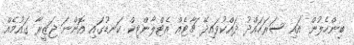
ބިންހެލުން އައި ސަރަހައްދު ދައްކުވައިދޭ ޗާޓެއް އެޓްލާންޓިކް ކަނޑުގައި އޮންނަ ޖަޒީރާ ގައުމެއް